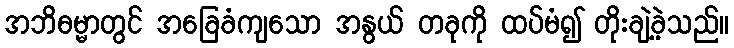
အဘိဓမ္မာတွင် အခြေခံကျသော အနွယ် တခုကို ထပ်မံ၍ တိုးချဲ့ခဲ့သည်။